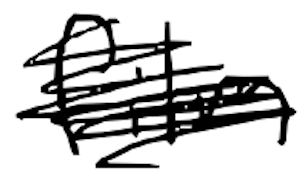
Text: film
Cross-out: scratch
Writing tool: digital_black